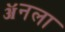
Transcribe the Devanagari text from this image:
ॲनला